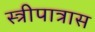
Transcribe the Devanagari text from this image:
स्त्रीपात्रास